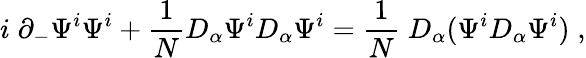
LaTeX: i\; \partial_{-}\Psi^{i}\Psi^{i}+{\frac{1}{N}}D_{\alpha}\Psi^{i}D_{\alpha}\Psi^{i}={\frac{1}{N}}\; D_{\alpha}(\Psi^{i}D_{\alpha}\Psi^{i})\; ,